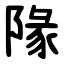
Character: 䧘